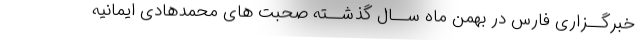
خبرگــزاری فارس در بهمن ماه ســال گذشــته صحبت های محمدهادی ایمانیه